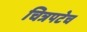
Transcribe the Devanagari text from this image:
चित्रपटेच